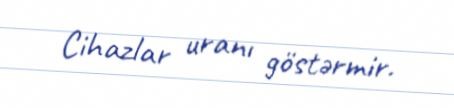
Cihazlar uranı göstərmir.